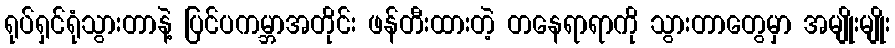
ရုပ်ရှင်ရုံသွားတာနဲ့ ပြင်ပကမ္ဘာအတိုင်း ဖန်တီးထားတဲ့ တနေရာရာကို သွားတာတွေမှာ အမျိုးမျိုး